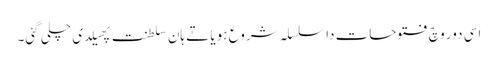
اسی دور وچ فتوحات دا سلسلہ شروع ہویا تے ہان سلطنت پھیلدی چلی گئی۔